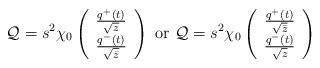
LaTeX: \begin{align*}\mathcal{Q}=s^2\chi_0\left(\begin{array}{c}\frac{q^+(t)}{\sqrt{z}}\\ \frac{q^-(t)}{\sqrt{\bar{z}}}\end{array}\right)\mbox{ or }\mathcal{Q}=s^2\chi_0\left(\begin{array}{c}\frac{q^+(t)}{\sqrt{\bar{z}}}\\ \frac{q^-(t)}{\sqrt{z}}\end{array}\right)\end{align*}